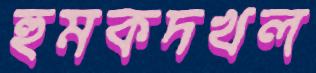
হুমকদখল